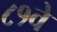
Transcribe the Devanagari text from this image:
८१वे